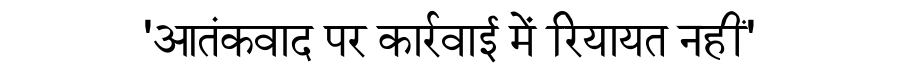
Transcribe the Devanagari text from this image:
'आतंकवाद पर कार्रवाई में रियायत नहीं'